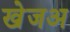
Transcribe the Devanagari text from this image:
खेजअ